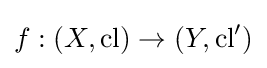
f:(X,\operatorname {cl} )\to (Y,\operatorname {cl} ')